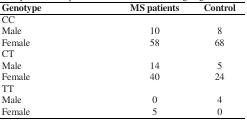
<table><thead><tr><td><b>Genotype</b></td><td><b>MS patients</b></td><td><b>Control</b></td></tr></thead><tbody><tr><td>CC</td><td></td><td></td></tr><tr><td>Male</td><td>10</td><td>8</td></tr><tr><td>Female</td><td>58</td><td>68</td></tr><tr><td>CT</td><td></td><td></td></tr><tr><td>Male</td><td>14</td><td>5</td></tr><tr><td>Female</td><td>40</td><td>24</td></tr><tr><td>TT</td><td></td><td></td></tr><tr><td>Male</td><td>0</td><td>4</td></tr><tr><td>Female</td><td>5</td><td>0</td></tr></tbody></table>